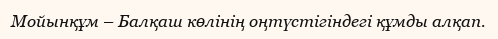
Мойынқұм – Балқаш көлінің оңтүстігіндегі құмды алқап.